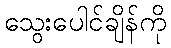
သွေးပေါင်ချိန်ကို